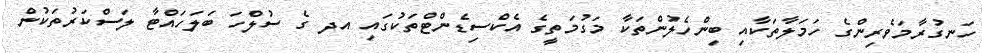
ހަނގުރާމަވެރިންގެ ހަމަލާތަކާއި ބިންހެލުންތަކާ މަގުމަތީގެ އެކްސިޑެންޓްތަކުގައި އދ ގެ ސުލްހަ ބަލަހައްޓާ ލަސްކަރުތަކުން